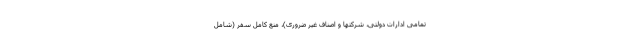
تمامی ادارات دولتی، شرکتها و اصناف غیر ضروری)، منع کامل سفر (شامل